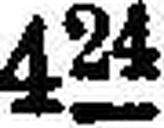
45